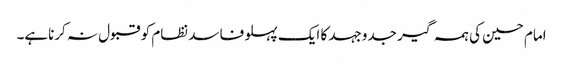
امام حسین کی ہمہ گیر جدوجہد کا ایک پہلو فاسد نظام کو قبول نہ کرناہے۔